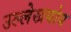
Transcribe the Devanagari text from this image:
उल्लेखयोय